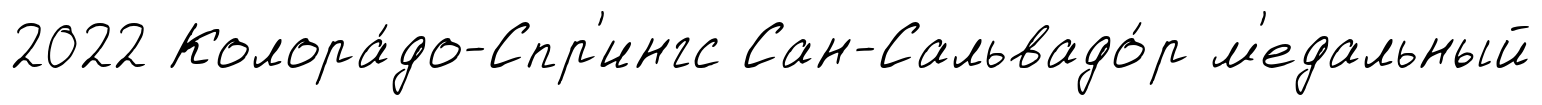
2022 Колора́до-Спр'ингс Сан-Сальвадо́р м'едальный